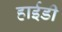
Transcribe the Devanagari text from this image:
हाईडी